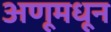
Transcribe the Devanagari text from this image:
अणूमधून